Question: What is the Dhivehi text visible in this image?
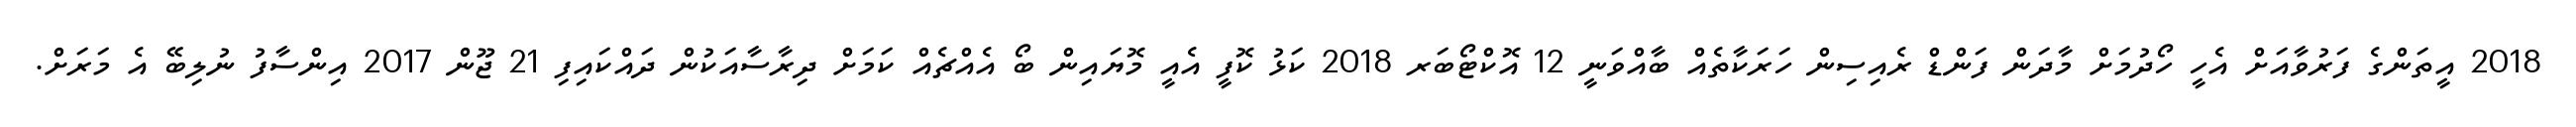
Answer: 2018 އީތަންގެ ފަރުވާއަށް އެހީ ހޯދުމަށް މާދަން ފަންޑް ރެއިސިން ހަރަކާތެއް ބާއްވަނީ 12 އޮކްޓޯބަރ 2018 ކަޅު ކޮފީ އެއީ މޮޔައިން ބޯ އެއްޗެއް ކަމަށް ދިރާސާއަކުން ދައްކައިފި 21 ޖޫން 2017 އިންސާފު ނުލިބޭ އެ މަރަށް.